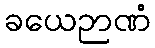
ခယေဉာဏံ